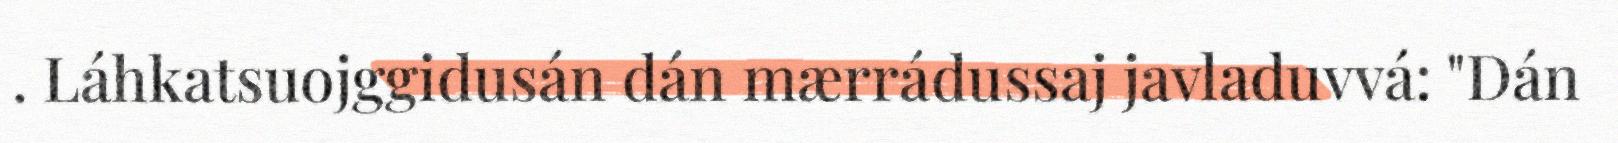
. Láhkatsuojggidusán dán mærrádussaj javladuvvá: "Dán